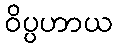
ဝိပ္ပဟာယ